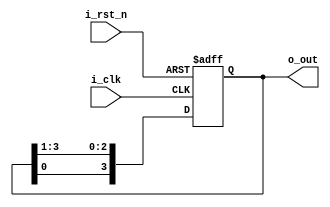
`timescale 1ns / 1ps
module circular_shift_register(
i_clk,
i_rst_n,
o_out);

parameter WIDTH = 4;

input i_clk, i_rst_n;
output reg [WIDTH-1:0] o_out;


always @(posedge i_clk or negedge i_rst_n) begin
if (!i_rst_n)begin
o_out <= 4'b1000;
end else begin
o_out <= {o_out[0] , o_out[WIDTH-1:1]};
end


end
endmodule